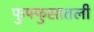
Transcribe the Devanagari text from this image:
फुफ्फुसातली